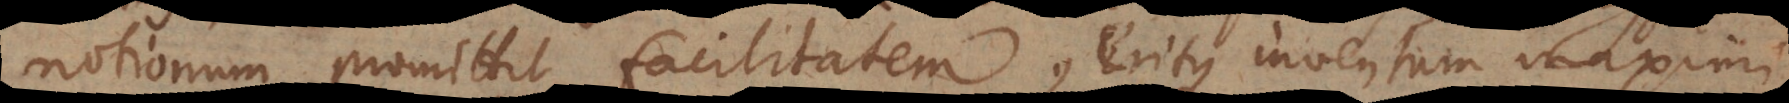
notionum, promittit facilitatem, eritque inventum maximi